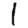
Digit: 1